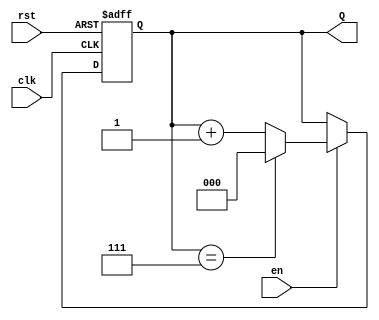
module UpCounterWithEnable #(
    parameter COUNT_WIDTH = 3, // Define the number of bits for the counter, adjust as needed
    parameter MAX_COUNT = (1 << COUNT_WIDTH) - 1 // Calculate the maximum count value based on WIDTH
)(
    input wire clk,             // Clock signal
    input wire en,              // Enable signal
    input wire rst,             // Asynchronous reset signal
    output reg [COUNT_WIDTH-1:0] Q // Current count value
);

    // Asynchronous reset and counting logic on the rising edge of the clock
    always @(posedge clk or posedge rst) begin
        if (rst) begin
            Q <= 0; // Reset the counter to zero
        end else if (en) begin
            if (Q == MAX_COUNT) begin
                Q <= 0; // Wrap around to zero if maximum count is reached
            end else begin
                Q <= Q + 1; // Increment the counter
            end
        end // If enable is low, retain current value (do nothing)
    end

endmodule